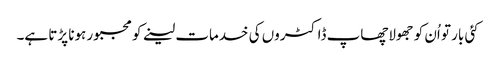
کئی بار تو اُن کو جھولاچھاپ ڈاکٹروں کی خدمات لینے کو مجبور ہونا پڑتا ہے۔